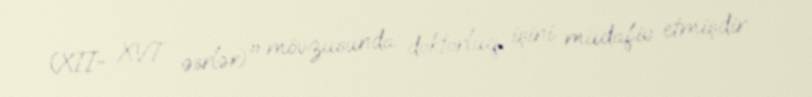
(XII- XVI əsrlər)" mövzusunda doktorluq işini müdafiə etmişdir.